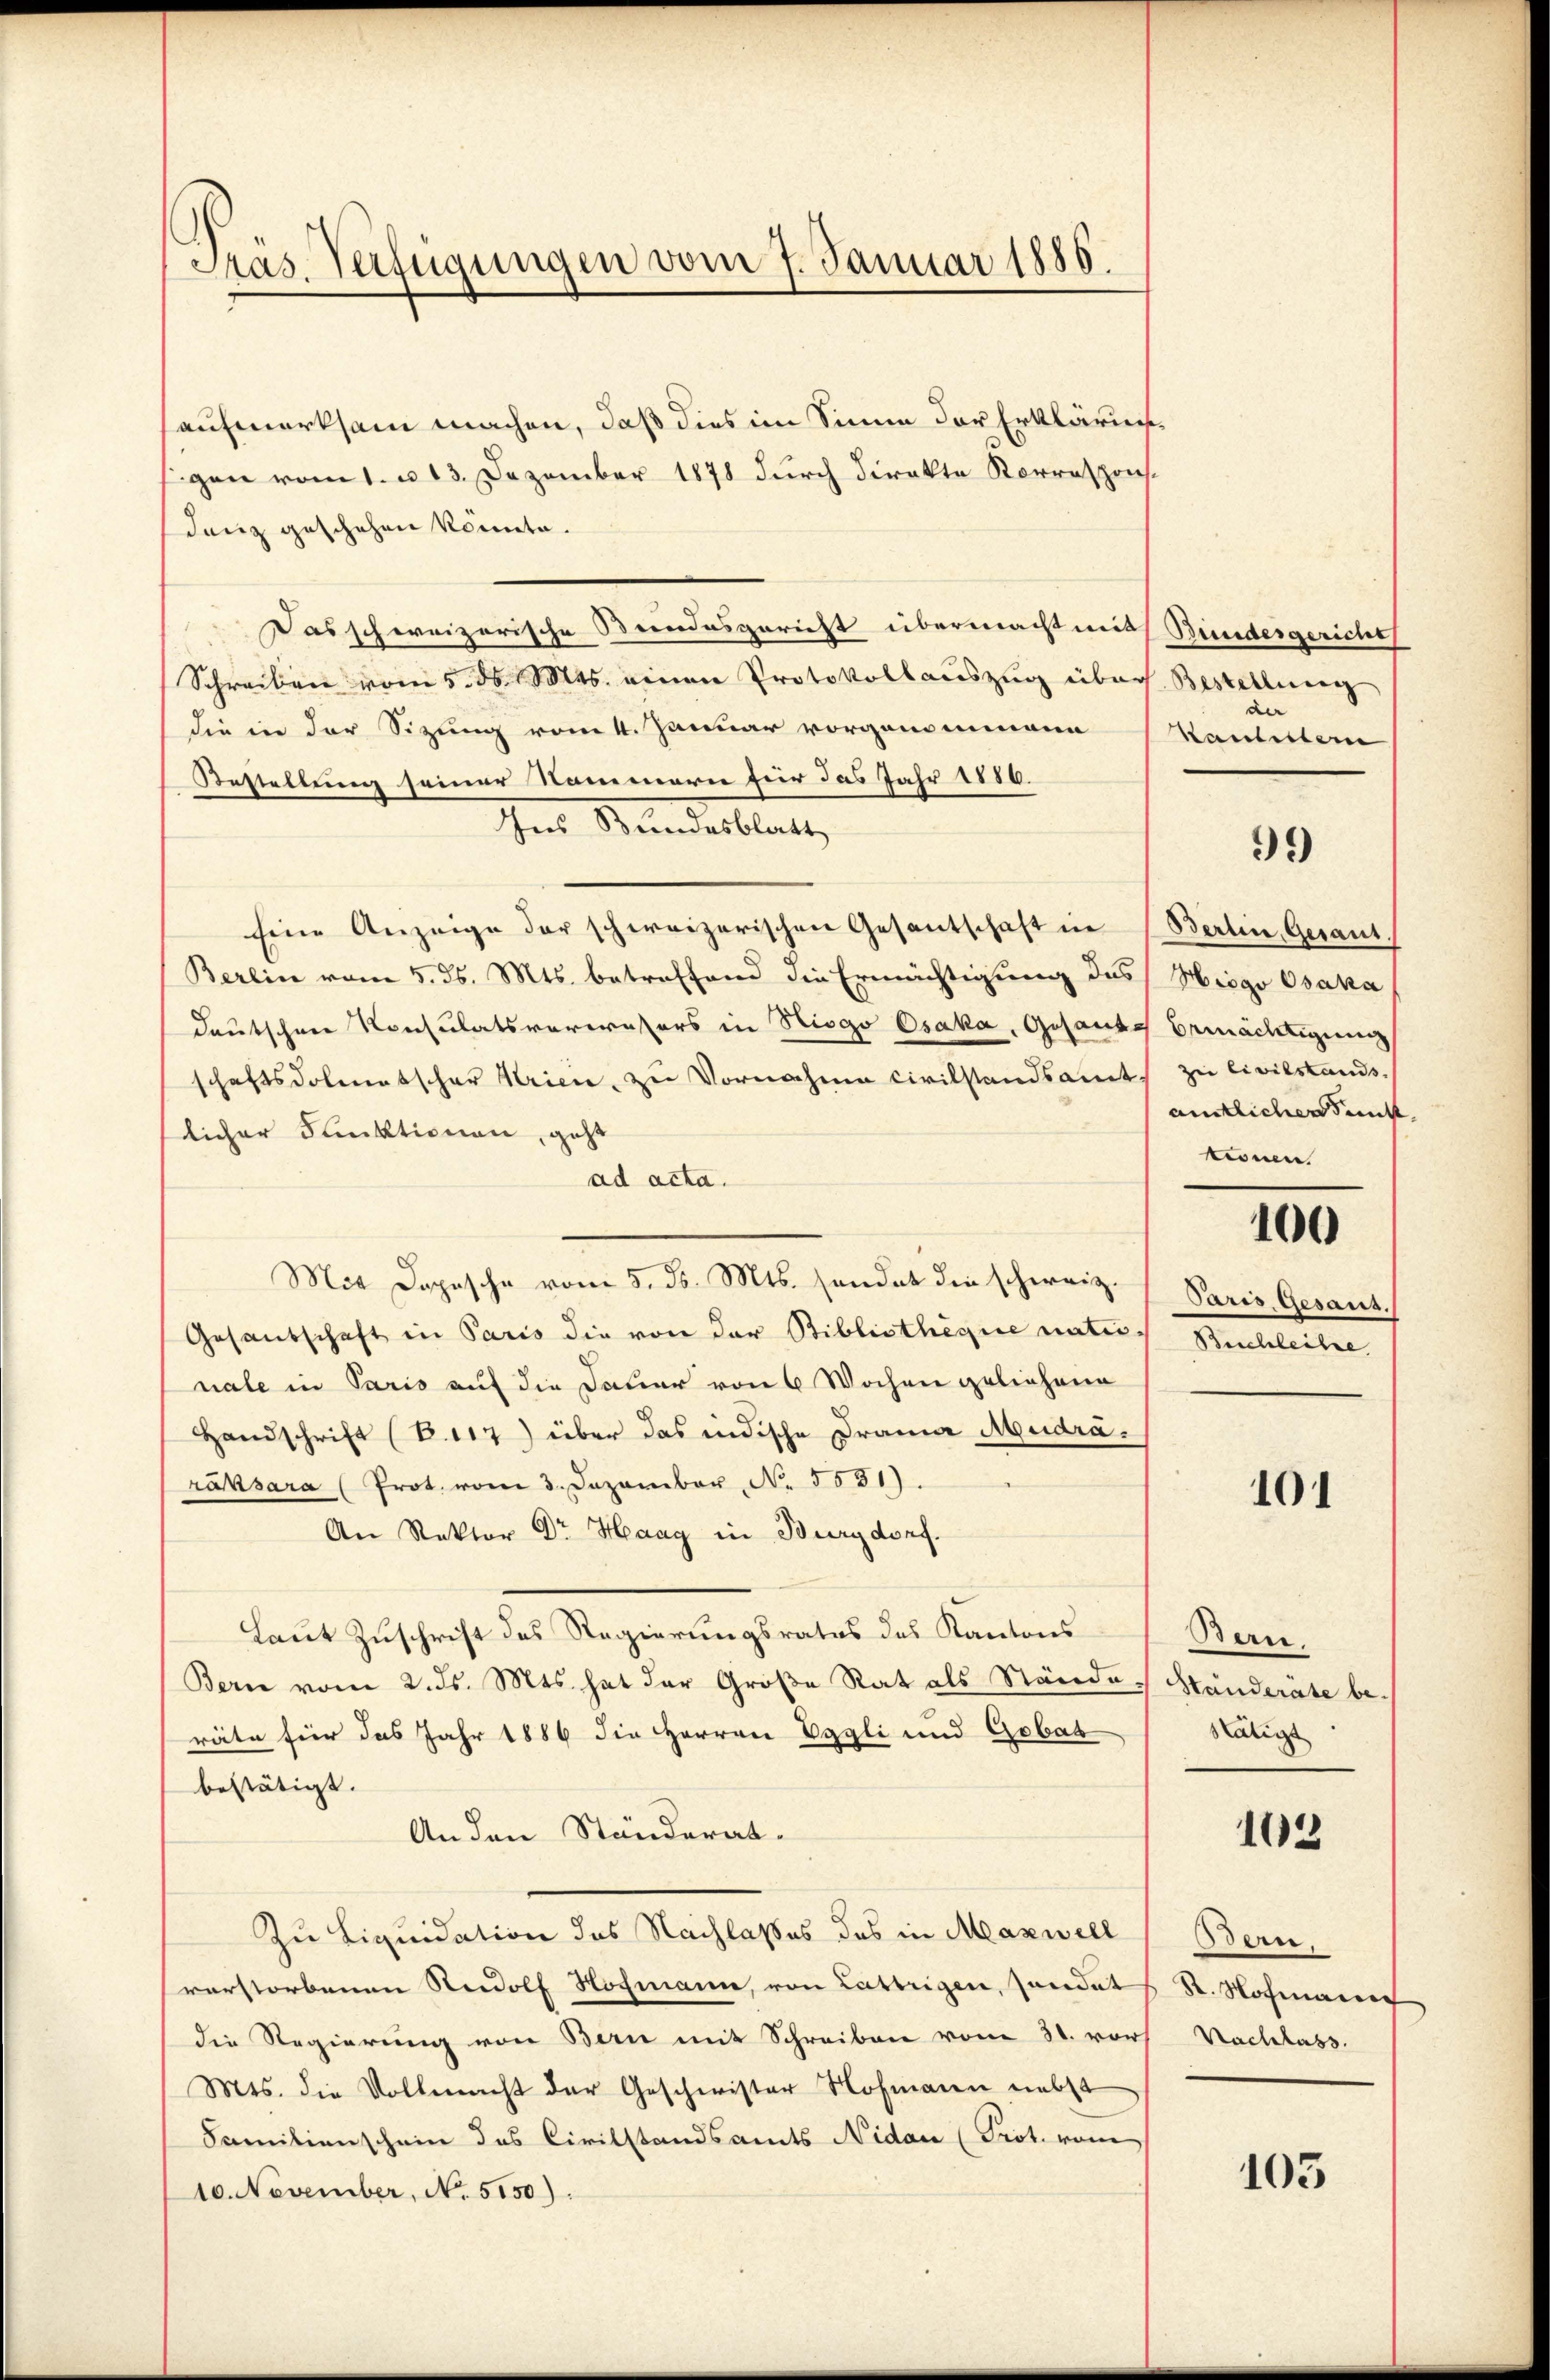
Träs Verfügungen vom 7. Januar 1886.

aufmerksam machen, daß dies im Sinne der Erklärun¬
Eigen vom 1. u. 13. Dezember 1878 durch direkte Korresponsdanz geschehen könnte.
Das schweizerische Steindesgericht übermacht mit Bundesgeriche
Schreiben vom 5. ds. Mts. einen Protokollauszug über Bestellung
die in der Sitzung vom 4. Januar vorgenommene
Bestellung seiner Nammern für das Jahr 1886.
In Bandesblatt
Eine Anzeige der schweizerischen Gesantschaft in
Berlin vom 5. ds. Mts. betreffend die Ermächtigung des Hiego Osaka
deutschen Konsulatsverwassers in Riogo Osaka, Gesandes Ermächtigung
schaftsdolmetscher Krien, zu Vornahme civilstandsamt zu civilstands
licher Funktionen, geht
ad acta.
Mit Dopische vom 5. ds. Mts. sendet die schweiz.
Gesandschaft in Paris die von der Bibliotheque natinale in Paris auf die Dauer von 6 Wochen geliehene
Handschrift (B.117) über das indische Drama Mudräräksara (Prot. vom 3. Dezember No. 5531).
An Rektor Dr Haag in Burgdorf.
Laut Zuschrift des Regierungsrates des Kantons
Bern vom 2. ds. Mts. hat der Große Rat als Ständeräte für das Jahr 1886 die Herren Eggli und Gobat
bestätigt. |
An den Ständeral-
Zu Liquidation des Nachlasses des in Maxwell
verstorbenen Rudolf Hochmann, von Lattrigen, sondet
die Regierung von Bern mit Schreiben vom 31. vor
Mts. die Vollmacht der Geschwister Hofmann nebst
Familienschein des Civilstandsamts Nidau (Prot. vom
10. November, No. 5150).

Kanleitern

99

Berlin, Gesant.
amtlichen dunk
tionen

100

Paris, Gesant.
Beschleihe

101

Bern.
Ständerate bestätigt

103

Bern.
St. Nochmann
Nachlass

103